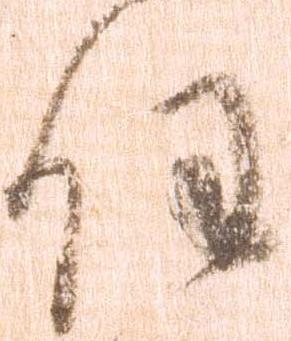
任